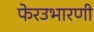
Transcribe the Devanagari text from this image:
फेरउभारणी